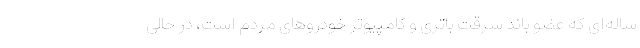
ساله‌ای که عضو باند سرقت باتری و کامپیوتر خودرو‌های مردم است، در حالی